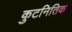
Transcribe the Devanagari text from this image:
कुटनितिक